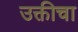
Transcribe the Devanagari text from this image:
उक्तीचा